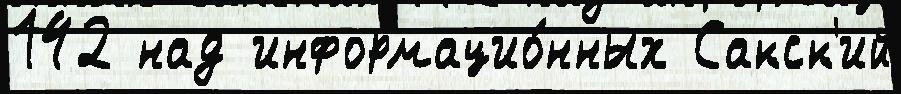
142 над информацио́нных Сакск'ий